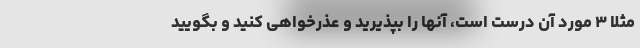
مثلا ۳ مورد آن درست است، آنها را بپذیرید و عذرخواهی کنید و بگویید